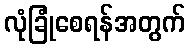
လုံခြုံစေရန်အတွက်